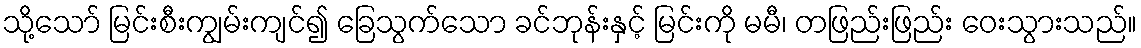
သို့သော် မြင်းစီးကျွမ်းကျင်၍ ခြေသွက်သော ခင်ဘုန်းနှင့် မြင်းကို မမီ၊ တဖြည်းဖြည်း ဝေးသွားသည်။